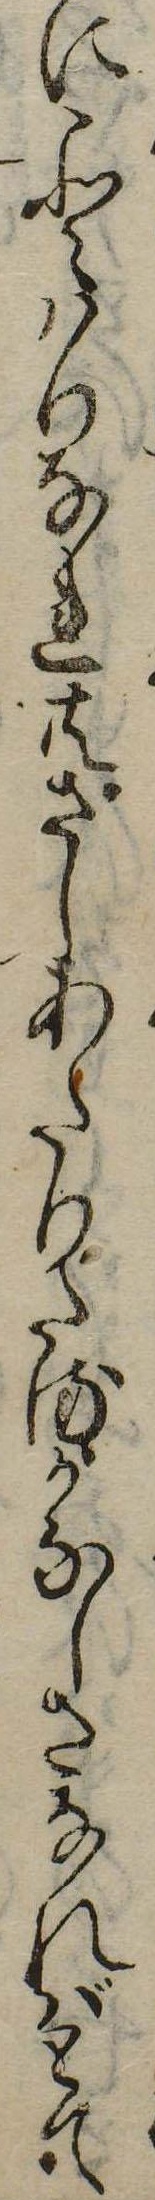
にことはりなれ共さしあたりさるかなしさなればとて